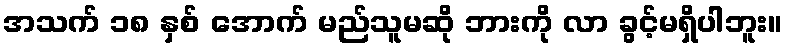
အသက် ၁၈ နှစ် အောက် မည်သူမဆို ဘားကို လာ ခွင့်မရှိပါဘူး။